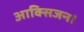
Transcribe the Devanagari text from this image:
आक्सिजन।